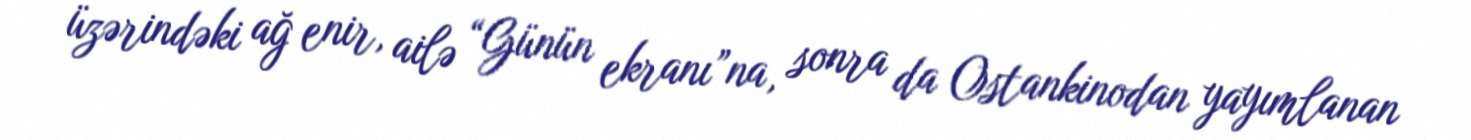
üzərindəki ağ enir, ailə “Günün ekranı”na, sonra da Ostankinodan yayımlanan